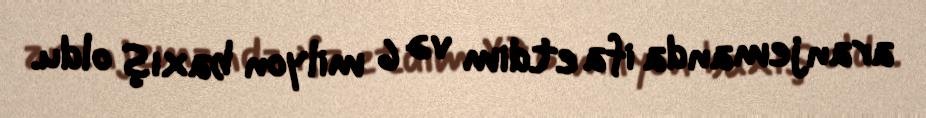
aranjemanda ifa etdim və 6 milyon baxış oldu.